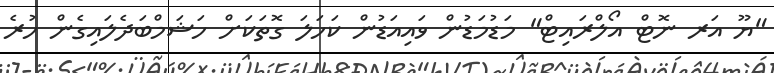
"ޔޫ އަރ ނޮޓް އޯލްރައިޓް" މަޑުމަޑުން ވައިއަޑުން ކަހަލަ ގޮތަކަށް ހަޝަމްބަދެލައިގެން ހުރެ